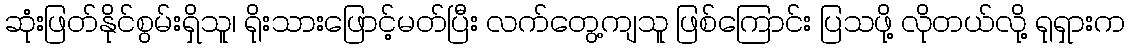
ဆုံးဖြတ်နိုင်စွမ်းရှိသူ၊ ရိုးသားဖြောင့်မတ်ပြီး လက်တွေ့ကျသူ ဖြစ်ကြောင်း ပြသဖို့ လိုတယ်လို့ ရုရှားက